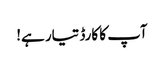
آپ کا کارڈ تیار ہے!